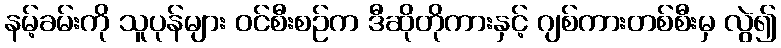
နမ့်ခမ်းကို သူပုန်များ ဝင်စီးစဉ်က ဒီဆိုတိုကားနှင့် ဂျစ်ကားတစ်စီးမှ လွဲ၍